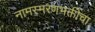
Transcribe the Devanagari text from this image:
नामस्मरणभक्तीचा